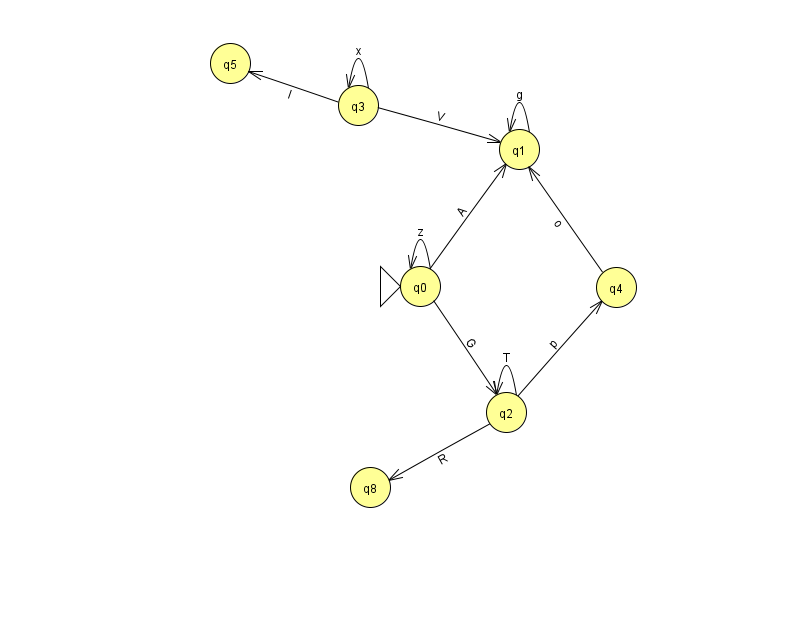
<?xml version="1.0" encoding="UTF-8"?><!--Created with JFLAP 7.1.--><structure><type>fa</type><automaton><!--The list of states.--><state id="0" name="q0"><x>420.0</x><y>273.0</y><initial/></state><state id="1" name="q1"><x>519.0</x><y>136.0</y></state><state id="2" name="q2"><x>506.0</x><y>399.0</y></state><state id="3" name="q3"><x>358.0</x><y>92.0</y></state><state id="4" name="q4"><x>616.0</x><y>274.0</y></state><state id="5" name="q5"><x>230.0</x><y>50.0</y></state><state id="8" name="q8"><x>370.0</x><y>474.0</y></state><!--The list of transitions.--><transition><from>0</from><to>2</to><read>G</read></transition><transition><from>0</from><to>1</to><read>A</read></transition><transition><from>2</from><to>2</to><read>T</read></transition><transition><from>2</from><to>4</to><read>p</read></transition><transition><from>1</from><to>1</to><read>g</read></transition><transition><from>3</from><to>5</to><read>l</read></transition><transition><from>3</from><to>3</to><read>x</read></transition><transition><from>0</from><to>0</to><read>z</read></transition><transition><from>2</from><to>8</to><read>R</read></transition><transition><from>3</from><to>1</to><read>V</read></transition><transition><from>4</from><to>1</to><read>o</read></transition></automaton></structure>